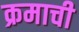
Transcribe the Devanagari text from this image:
क्रमाची